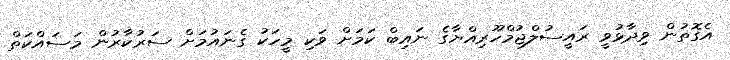
އެގޮތުން ވިދާޅުވީ ރައީސުލްޖުމްހޫރިއްޔާގެ ނައިބް ކަމަށް ވަކި މީހަކު ގެނައުމަށް ސަރުކާރުން މަސައްކަތް